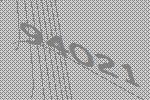
94021